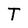
Character: T